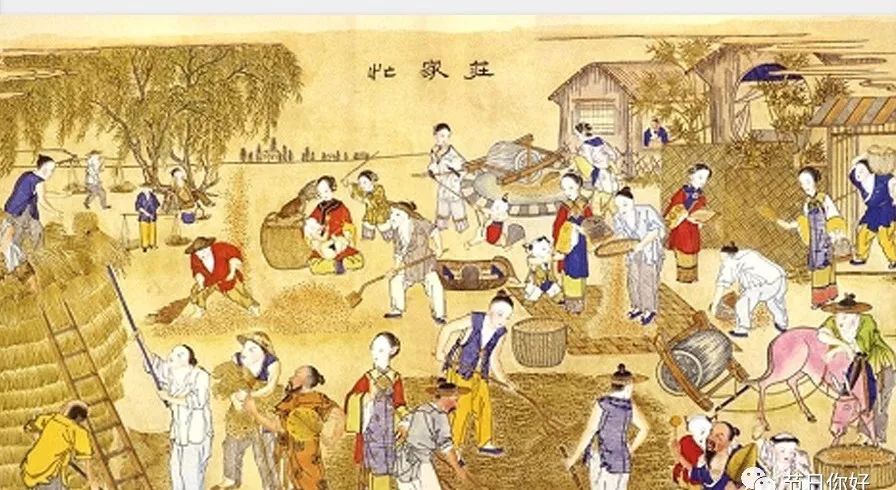
四体不勤，五谷不分